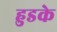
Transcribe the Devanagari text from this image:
हुडके